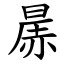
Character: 㬄